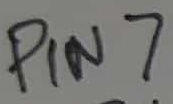
Text: PIN7